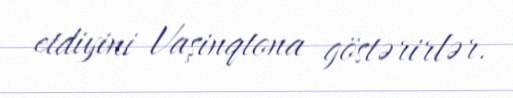
etdiyini Vaşinqtona göstərirlər.